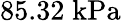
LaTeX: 85.32\; \mathrm{kPa}